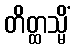
တိတ္ထသ္မိံ